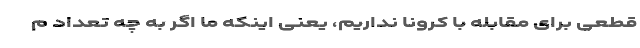
قطعی برای مقابله با کرونا نداریم، یعنی اینکه ما اگر به چه تعداد م